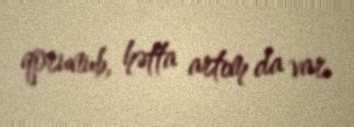
qorunub, hətta artım da var.